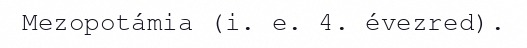
Mezopotámia (i. e. 4. évezred).